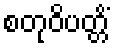
စတုဝိပတ္တိံ